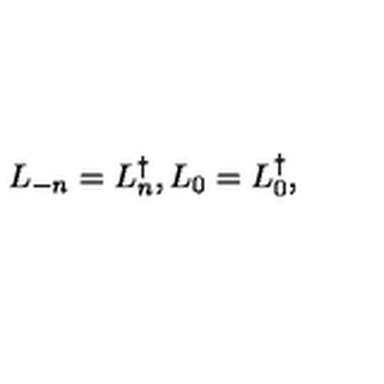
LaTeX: L _ { - n } = L _ { n } ^ { \dagger } , L _ { 0 } = L _ { 0 } ^ { \dagger } ,